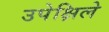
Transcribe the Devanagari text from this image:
उपेक्षिले